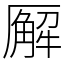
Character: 𪠘